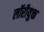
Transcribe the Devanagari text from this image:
लॉरीयुक्त